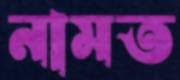
নামত